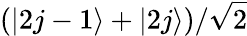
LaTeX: (|2j-1\rangle+|2j\rangle)/\sqrt{2}